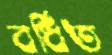
বর্ধিত